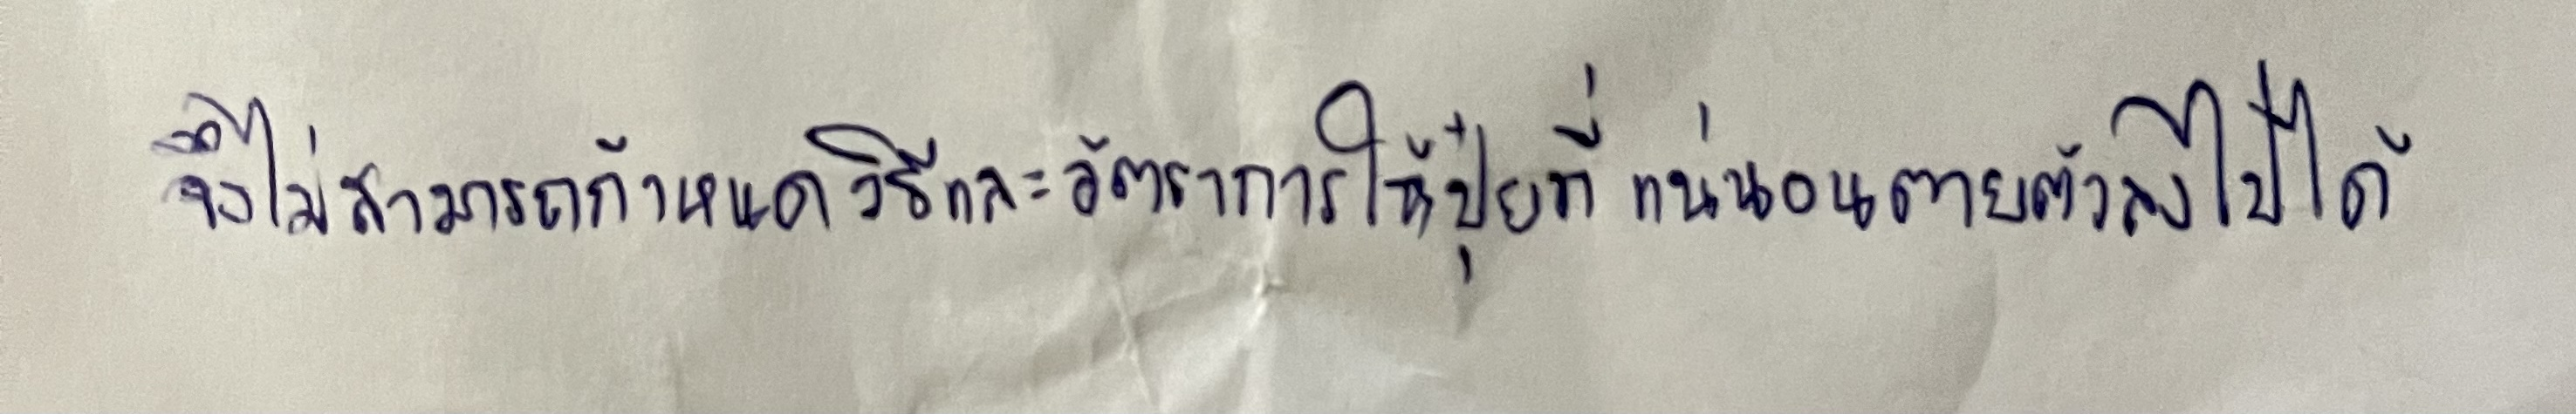
จึงไม่สามารถกำหนดวิธีและอัตราการให้ปุ๋ยที่แน่นอนตายตัวลงไปได้